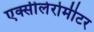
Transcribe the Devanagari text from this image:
एक्सीलेरोमीटर